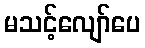
မသင့်လျော်ပေ